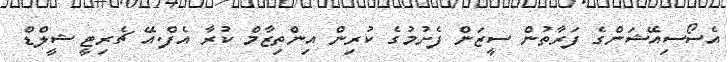
އެސޯސިއޭޝަންގެ ފަރާތުން ސީޒަން ފެށުމުގެ ކުރިން އިންތިޒާމް ކުރާ އެފް.އޭ ޗެރިޓީ ޝީލްޑް